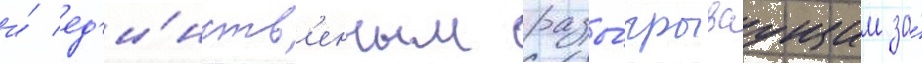
и́ ед'и́нств'енным разы́грываущим за́